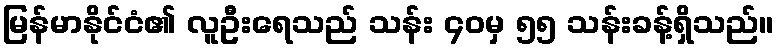
မြန်မာနိုင်ငံ၏ လူဦးရေသည် သန်း ၄၀မှ ၅၅ သန်းခန့်ရှိသည်။